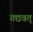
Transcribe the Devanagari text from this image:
गद्यवत्